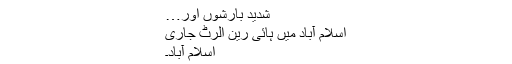
شدید بارشوں اور…
اسلام آباد میں ہائی رین الرٹ جاری
اسلام آباد۔